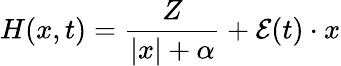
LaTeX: H(x,t)=\frac{Z}{|x|+\alpha}+\mathcal{E}(t)\cdot x